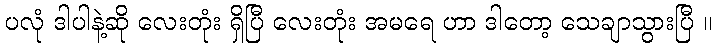
ပလုံ ဒါပါနဲ့ဆို လေးတုံး ရှိပြီ လေးတုံး အမရေ ဟာ ဒါတော့ သေချာသွားပြီ ။